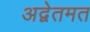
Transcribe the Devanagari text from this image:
अद्वेतमत